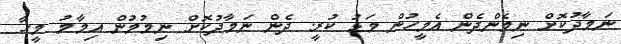
ނަމާދުކޮށް ނިމެންދެން އެމީހުން މަޑު ކުރީ. ދެން ނަމާދުކޮށް ނިމުމުން އިމާމު މީހާ